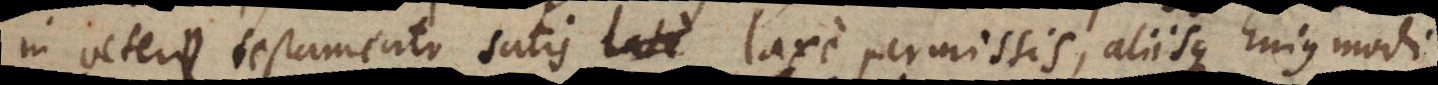
in vetere testamento satis late laxe permissis, aliisque hujus modi